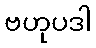
ဗဟုပဒါ